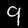
Digit: 9